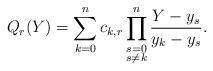
LaTeX: \begin{align*}Q_r(Y)=\sum_{k=0}^{n}c_{k,r}\prod_{\substack{s=0\\s\neq k}}^{n}\frac{Y-y_s}{y_k-y_s}.\end{align*}